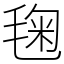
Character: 毱